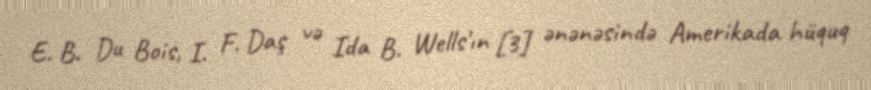
E. B. Du Bois, I. F. Daş və Ida B. Wells'ın [3] ənənəsində Amerikada hüquq